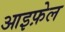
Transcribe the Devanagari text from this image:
आइफ़ेल